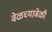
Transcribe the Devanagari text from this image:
वेळच्यावेळी